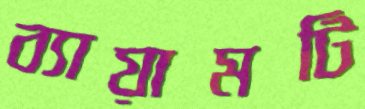
ব্যায়ামটি